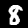
Label: 8